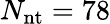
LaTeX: N_{\mathrm{nt}}=78